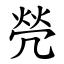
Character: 焭